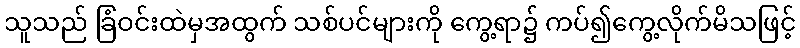
သူသည် ခြံဝင်းထဲမှအထွက် သစ်ပင်များကို ကွေ့ရာ၌ ကပ်၍ကွေ့လိုက်မိသဖြင့်